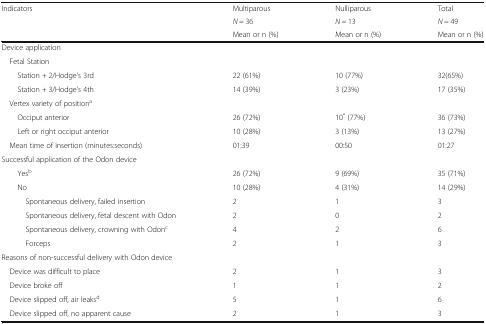
| <ROWSPAN=3> Indicators | Multiparous | Nulliparous | Total |
 | N = 36 | N = 13 | N = 49 |
 | Mean or n (%) | Mean or n (%) | Mean or n (%) |
 | --- | --- | --- | --- |
 | <COLSPAN=4> Device application |
 | <COLSPAN=4> Fetal Station |
 | Station + 2/Hodge’s 3rd | 22 (61%) | 10 (77%) | 32(65%) |
 | Station + 3/Hodge’s 4th | 14 (39%) | 3 (23%) | 17 (35%) |
 | <COLSPAN=4> Vertex variety of positiona |
 | Occiput anterior | 26 (72%) | 10* (77%) | 36 (73%) |
 | Left or right occiput anterior | 10 (28%) | 3 (13%) | 13 (27%) |
 | Mean time of insertion (minutes:seconds) | 01:39 | 00:50 | 01:27 |
 | <COLSPAN=4> Successful application of the Odon device |
 | Yesb | 26 (72%) | 9 (69%) | 35 (71%) |
 | No | 10 (28%) | 4 (31%) | 14 (29%) |
 | Spontaneous delivery, failed insertion | 2 | 1 | 3 |
 | Spontaneous delivery, fetal descent with Odon | 2 | 0 | 2 |
 | Spontaneous delivery, crowning with Odonc | 4 | 2 | 6 |
 | Forceps | 2 | 1 | 3 |
 | <COLSPAN=4> Reasons of non-successful delivery with Odon device |
 | Device was difficult to place | 2 | 1 | 3 |
 | Device broke off | 1 | 1 | 2 |
 | Device slipped off, air leaksd | 5 | 1 | 6 |
 | Device slipped off, no apparent cause | 2 | 1 | 3 |